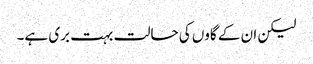
لیکن ان کے گاوں کی حالت بہت بری ہے۔